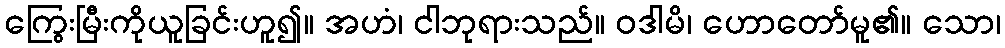
ကြွေးမြီးကိုယူခြင်းဟူ၍။ အဟံ၊ ငါဘုရားသည်။ ဝဒါမိ၊ ဟောတော်မူ၏။ သော၊